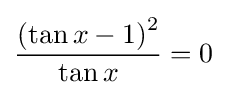
{\frac {\left(\tan x-1\right)^{2}}{\tan x}}=0